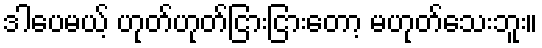
ဒါပေမယ့် ဟုတ်ဟုတ်ငြားငြားတော့ မဟုတ်သေးဘူး။